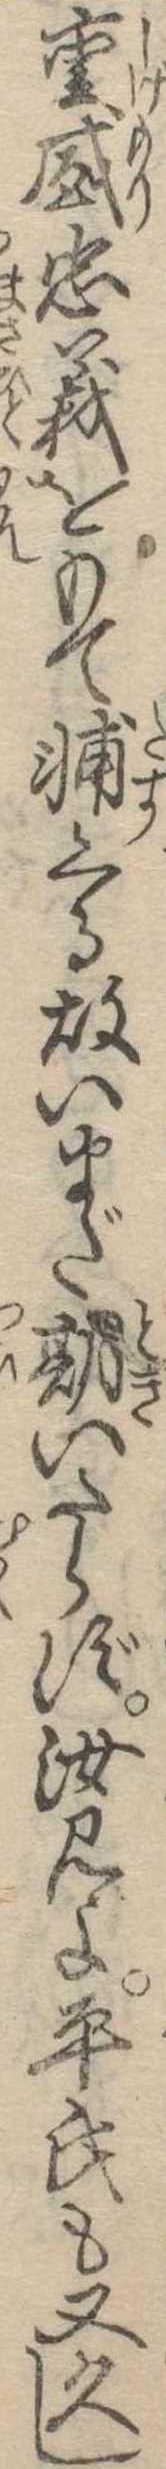
重盛忠義をもて輔くる故いまだ期いたらず汝見よ平氏も又久し